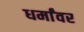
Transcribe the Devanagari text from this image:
धर्मांवर